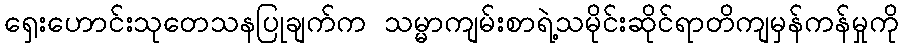
ရှေးဟောင်းသုတေသနပြုချက်က သမ္မာကျမ်းစာရဲ့သမိုင်းဆိုင်ရာတိကျမှန်ကန်မှုကို